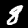
Digit: 8